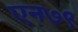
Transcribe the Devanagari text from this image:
एन७९